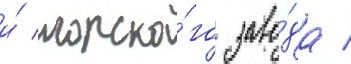
и́ морско́го заво́да /